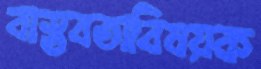
বাস্তবতাবিষয়ক